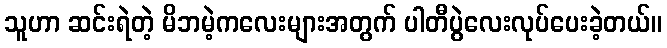
သူဟာ ဆင်းရဲတဲ့ မိဘမဲ့ကလေးများအတွက် ပါတီပွဲလေးလုပ်ပေးခဲ့တယ်။